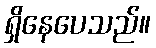
ရှိနေပေသည်။